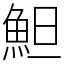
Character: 䱇